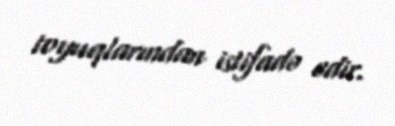
toyuqlarından istifadə edir.